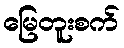
မြေတူးစက်